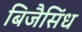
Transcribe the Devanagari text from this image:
बिजैसिंध